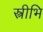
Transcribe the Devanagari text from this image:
स्त्रीभि